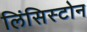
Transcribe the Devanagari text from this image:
लिंसिस्टोन